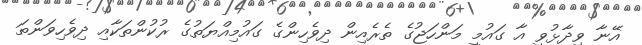
އޭނާ ވިދާޅުވީ އާ ގައުމީ މަންހަޖުގެ ތެރެއިން ދިވެހިންގެ ގައުމިއްޔަތުގެ ރުކުންތަކާއި ދިވެހިވަންތަ